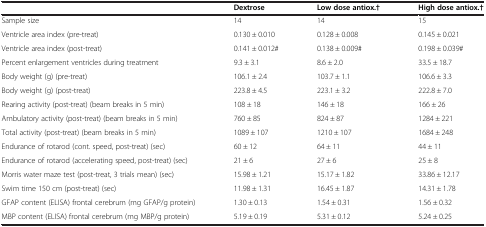
<table><thead><tr><td><b> </b></td><td><b>Dextrose</b></td><td><b>Low dose antiox.†</b></td><td><b>High dose antiox.†</b></td></tr></thead><tbody><tr><td>Sample size</td><td>14</td><td>14</td><td>15</td></tr><tr><td>Ventricle area index (pre-treat)</td><td>0.130 ± 0.010</td><td>0.128 ± 0.008</td><td>0.145 ± 0.021</td></tr><tr><td>Ventricle area index (post-treat)</td><td>0.141 ± 0.012#</td><td>0.138 ± 0.009#</td><td>0.198 ± 0.039#</td></tr><tr><td>Percent enlargement ventricles during treatment</td><td>9.3 ± 3.1</td><td>8.6 ± 2.0</td><td>33.5 ± 18.7</td></tr><tr><td>Body weight (g) (pre-treat)</td><td>106.1 ± 2.4</td><td>103.7 ± 1.1</td><td>106.6 ± 3.3</td></tr><tr><td>Body weight (g) (post-treat)</td><td>223.8 ± 4.5</td><td>223.1 ± 3.2</td><td>222.8 ± 7.0</td></tr><tr><td>Rearing activity (post-treat) (beam breaks in 5 min)</td><td>108 ± 18</td><td>146 ± 18</td><td>166 ± 26</td></tr><tr><td>Ambulatory activity (post-treat) (beam breaks in 5 min)</td><td>760 ± 85</td><td>824 ± 87</td><td>1284 ± 221</td></tr><tr><td>Total activity (post-treat) (beam breaks in 5 min)</td><td>1089 ± 107</td><td>1210 ± 107</td><td>1684 ± 248</td></tr><tr><td>Endurance of rotarod (cont. speed, post-treat) (sec)</td><td>60 ± 12</td><td>64 ± 11</td><td>44 ± 11</td></tr><tr><td>Endurance of rotarod (accelerating speed, post-treat) (sec)</td><td>21 ± 6</td><td>27 ± 6</td><td>25 ± 8</td></tr><tr><td>Morris water maze test (post-treat, 3 trials mean) (sec)</td><td>15.98 ± 1.21</td><td>15.17 ± 1.82</td><td>33.86 ± 12.17</td></tr><tr><td>Swim time 150 cm (post-treat) (sec)</td><td>11.98 ± 1.31</td><td>16.45 ± 1.87</td><td>14.31 ± 1.78</td></tr><tr><td>GFAP content (ELISA) frontal cerebrum (mg GFAP/g protein)</td><td>1.30 ± 0.13</td><td>1.54 ± 0.31</td><td>1.56 ± 0.32</td></tr><tr><td>MBP content (ELISA) frontal cerebrum (mg MBP/g protein)</td><td>5.19 ± 0.19</td><td>5.31 ± 0.12</td><td>5.24 ± 0.25</td></tr></tbody></table>